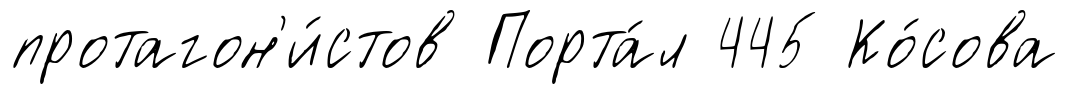
протагон'и́стов Порта́л 445 Ко́сова